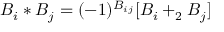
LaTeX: B _ { i } * B _ { j } = ( - 1 ) ^ { B _ { i j } } [ B _ { i } + _ { 2 } B _ { j } ]